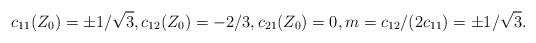
LaTeX: \begin{align*}c_{11}(Z_0) = \pm 1/\sqrt{3},c_{12}(Z_0) = -2/3,c_{21}(Z_0) = 0,m = c_{12}/(2 c_{11}) = \pm 1/\sqrt{3}.\end{align*}